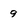
Character: 9